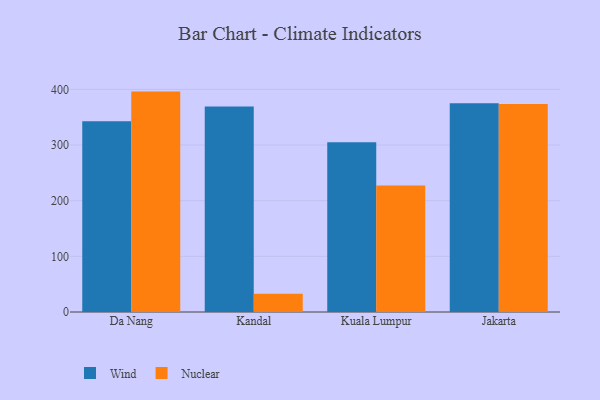
{"axis": {"x": "City", "y": "Conversion Rate (%)"}, "legend": ["Nuclear", "Wind"], "data": [{"x": "Da Nang", "y": 342.6, "type": "Wind"}, {"x": "Da Nang", "y": 396.0, "type": "Nuclear"}, {"x": "Kandal", "y": 369.4, "type": "Wind"}, {"x": "Kandal", "y": 32.8, "type": "Nuclear"}, {"x": "Kuala Lumpur", "y": 304.9, "type": "Wind"}, {"x": "Kuala Lumpur", "y": 227.5, "type": "Nuclear"}, {"x": "Jakarta", "y": 375.2, "type": "Wind"}, {"x": "Jakarta", "y": 373.5, "type": "Nuclear"}]}